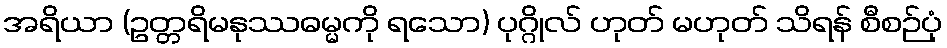
အရိယာ (ဥတ္တရိမနုဿဓမ္မကို ရသော) ပုဂ္ဂိုလ် ဟုတ် မဟုတ် သိရန် စီစဉ်ပုံ